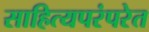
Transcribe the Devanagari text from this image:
साहित्यपरंपरेत